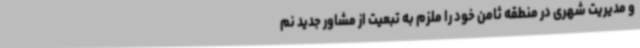
و مدیریت شهری در منطقه ثامن خود را ملزم به تبعیت از مشاور جدید نم